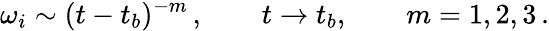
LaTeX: \omega_{i}\sim(t-t_{b})^{-m}\, ,\qquad t\to t_{b},\qquad m=1,2,3\, .